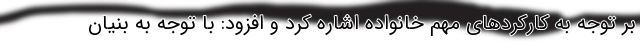
بر توجه به کارکردهای مهم خانواده اشاره کرد و افزود: با توجه به بنیان